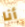
أنا